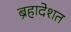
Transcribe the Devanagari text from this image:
ब्रहादेशत